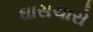
ઘાસચારો